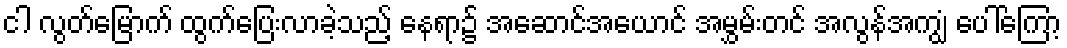
ငါ လွတ်မြောက် ထွက်ပြေးလာခဲ့သည့် နေရာ၌ အဆောင်အယောင် အမွှမ်းတင် အလွန်အကျွံ ပေါ်ကြော့